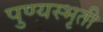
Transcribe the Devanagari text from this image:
पुण्यस्भृती